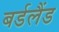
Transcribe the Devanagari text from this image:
बर्डलैंड